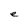
Character: e